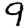
Digit: 9